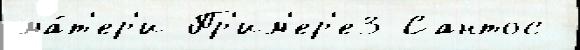
ма́т'ер'и Пр'им'ер'е3 Сантос